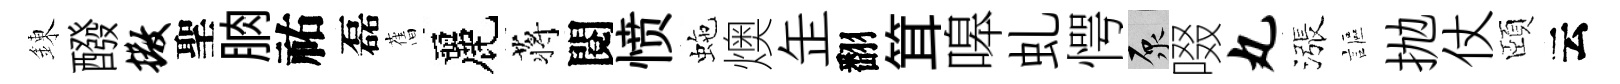
錬醱撒聖朒祐磊𦾔麗蒋閱愤虵燠𦈢翻䇯嗥虬愕原啜丸漲謳抛仗頤云